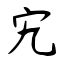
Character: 宄